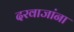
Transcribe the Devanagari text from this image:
दरवाजांना